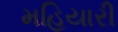
મહિયારી